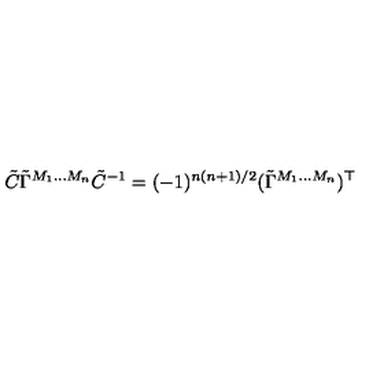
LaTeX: \tilde { C } \tilde { \Gamma } ^ { M _ { 1 } \ldots M _ { n } } \tilde { C } ^ { - 1 } = ( - 1 ) ^ { n ( n + 1 ) / 2 } ( \tilde { \Gamma } ^ { M _ { 1 } \ldots M _ { n } } ) ^ { \top }